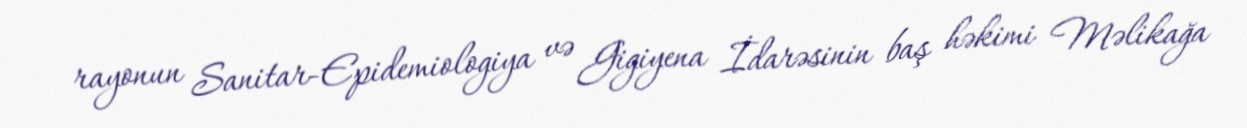
rayonun Sanitar-Epidemiologiya və Gigiyena İdarəsinin baş həkimi Məlikağa